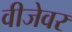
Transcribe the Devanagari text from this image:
वीजेवर